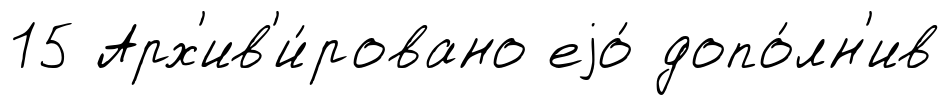
15 Арх'ив'и́ровано еjо́ допо́лн'ив